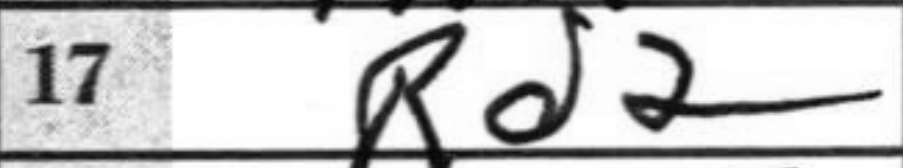
Transcription: Rd2